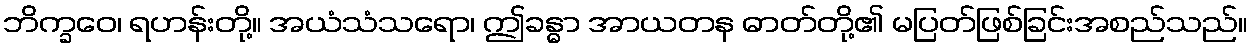
ဘိက္ခဝေ၊ ရဟန်းတို့။ အယံသံသရော၊ ဤခန္ဓာ အာယတန ဓာတ်တို့၏ မပြတ်ဖြစ်ခြင်းအစည်သည်။